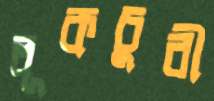
লূকচুরী